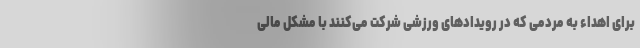
برای اهداء به مردمی که در رویدادهای ورزشی شرکت می‌کنند با مشکل مالی